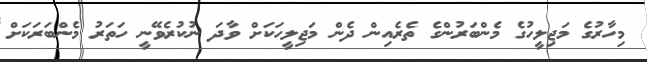
މިހާރުގެ މަޖިލީހުގެ މެންބަރުންގެ ތެރެއިން ދެން މަޖިލީހަކަށް ވާދަ ނުކުރެވޭނީ ހަތަރު މެންބަރަކަށް